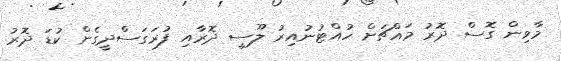
މާވިން ގޮސް ދޮރު މައްޗަށް ހުއްޓުނުއިރު ލޫސީ ދޮރާއި ފުރަގަސްދީގެން ކުޑަ ދޮރު